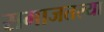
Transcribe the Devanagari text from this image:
समाजतल्या